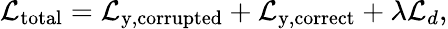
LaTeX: \mathcal{L}_{\mathrm{total}}=\mathcal{L}_{\mathrm{y,corrupted}}+\mathcal{L}_{\mathrm{y,correct}}+\lambda\mathcal{L}_{d},